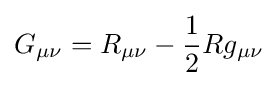
G_{\mu \nu }=R_{\mu \nu }-{\frac {1}{2}}Rg_{\mu \nu }